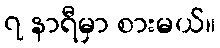
၇ နာရီမှာ စားမယ်။